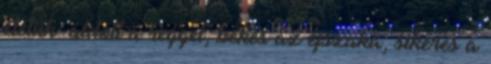
életük: áldott a reggel, békés az éjszaka, sikeres a